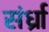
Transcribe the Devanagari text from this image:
संर्ध्रा